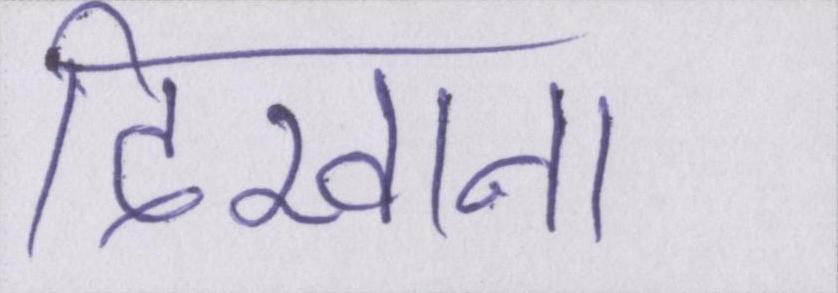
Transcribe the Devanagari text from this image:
दिखाना